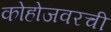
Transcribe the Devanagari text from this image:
कोहोजवरची